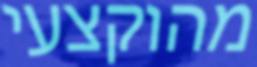
מהוקצעי